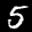
Label: 5